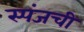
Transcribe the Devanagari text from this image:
स्पंजची